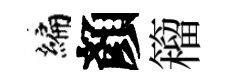
编顏籕